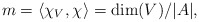
\begin{align*}m = \langle \chi_{V}, \chi_{} \rangle = \dim(V)/|A|,\end{align*}